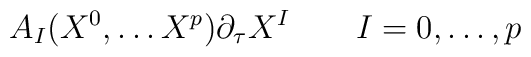
A_I (X^0, \dots X^p) \partial _\tau X^I \qquad I=0,\dots , p